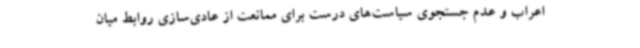
اعراب و عدم جستجوی سیاست‌های درست برای ممانعت از عادی‌سازی روابط میان